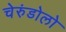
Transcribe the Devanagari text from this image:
चेरुंडोलो